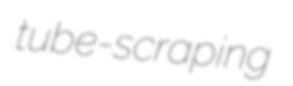
tube-scraping